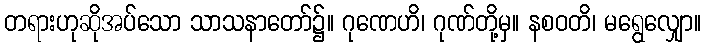
တရားဟုဆိုအပ်သော သာသနာတော်၌။ ဂုဏေဟိ၊ ဂုဏ်တို့မှ။ နစဝတိ၊ မရွေလျှော။